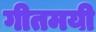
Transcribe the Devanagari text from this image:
गीतमयी